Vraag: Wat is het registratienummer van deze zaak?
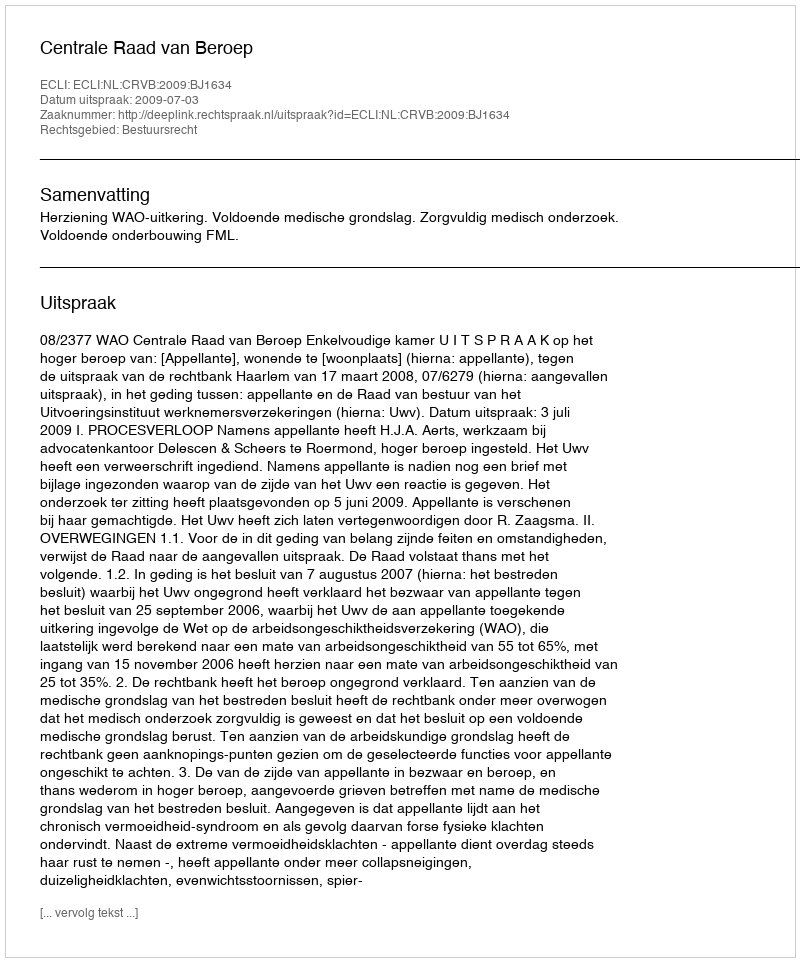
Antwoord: http://deeplink.rechtspraak.nl/uitspraak?id=ECLI:NL:CRVB:2009:BJ1634